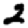
Digit: 2